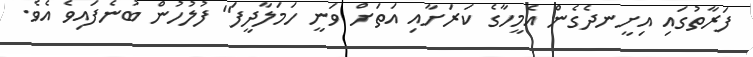
ފަރާތުގައި އިށީނދެގެން އެމީހާގެ ކަރަށާއި އަތަށް ވަނީ ހަމަލާދީފަ" ފުލުހުން ބުނެފައިވެ އެވެ.